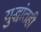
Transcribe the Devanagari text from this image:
युद्धांतही